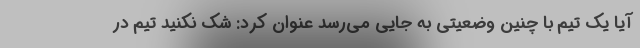
آیا یک تیم با چنین وضعیتی به جایی می‌رسد عنوان کرد: شک نکنید تیم در